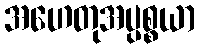
အဟေတုအပ္ပစ္စယာ